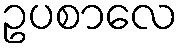
ဥပစာလေ